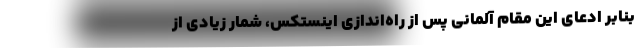
بنابر ادعای این مقام آلمانی پس از راه‌اندازی اینستکس، شمار زیادی از